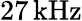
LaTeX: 27\, \mathrm{kHz}